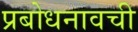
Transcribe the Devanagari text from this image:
प्रबोधनावची